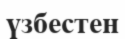
үзбестен